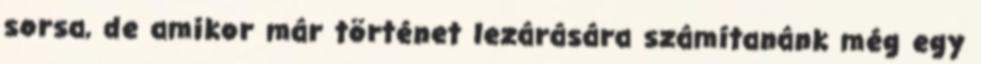
sorsa, de amikor már történet lezárására számítanánk még egy